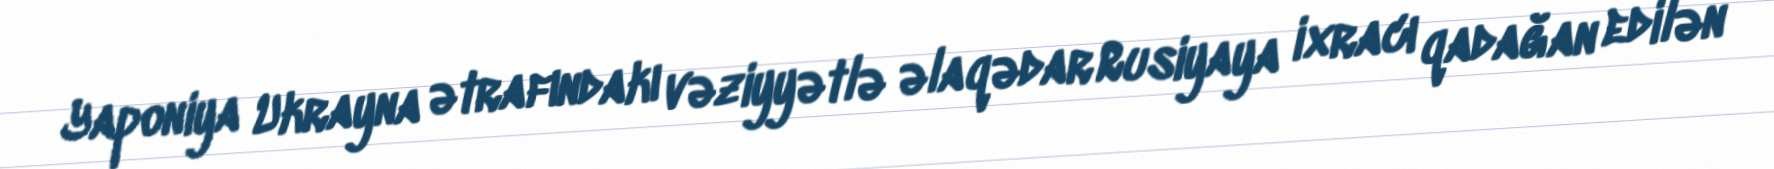
Yaponiya Ukrayna ətrafındakı vəziyyətlə əlaqədar Rusiyaya ixracı qadağan edilən